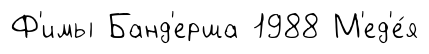
Ф'имы Банд'ерша 1988 М'ед'е́я